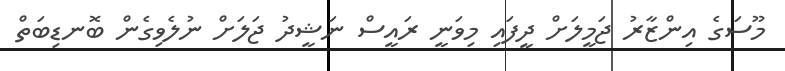
މޫސަގެ އިންޒާރު ޖަމީލަށް ދީފައި މިވަނީ ރައީސް ނަޝީދު ޖަލަށް ނުލެވިގެން ބޮނޑިބަތް